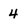
Character: 4